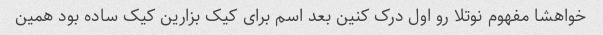
خواهشا مفهوم نوتلا رو اول درک کنین بعد اسم برای کیک بزارین کیک ساده بود همین